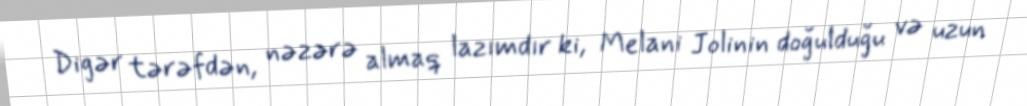
Digər tərəfdən, nəzərə almaq lazımdır ki, Melani Jolinin doğulduğu və uzun